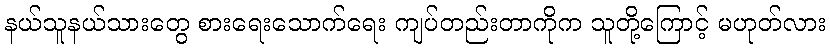
နယ်သူနယ်သားတွေ စားရေးသောက်ရေး ကျပ်တည်းတာကိုက သူတို့ကြောင့် မဟုတ်လား